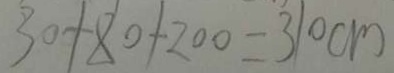
3 0 + 8 0 + 2 0 0 = 3 1 0 c m